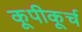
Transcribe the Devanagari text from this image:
कूपीकूर्च